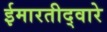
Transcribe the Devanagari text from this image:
ईमारतीद्वारे